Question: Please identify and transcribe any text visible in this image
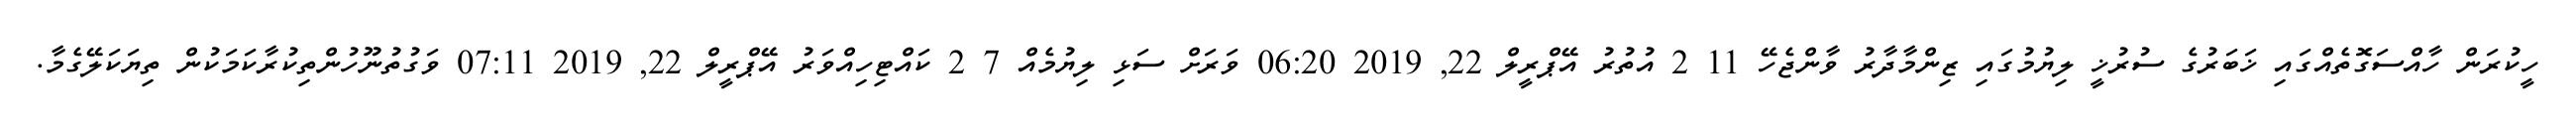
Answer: ހީކުރަން ހާއްސަގޮތެއްގައި ޚަބަރުގެ ސުރުޚީ ލިޔުމުގައި ޒިންމާދާރު ވާންޖެހޭ 11 2 އުތުރު އޭޕްރީލް 22, 2019 06:20 ވަރަށް ސަޅި ލިޔުމެއް 7 2 ކައްޓިހިއްވަރު އޭޕްރީލް 22, 2019 07:11 ވަގުތުނޫހުންތިކުރާކަމަކުން ތިޔަކަލޭގެމާ.